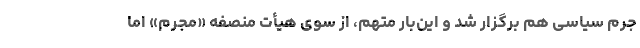
جرم سیاسی هم برگزار شد و این‌بار متهم، از سوی هیأت منصفه «مجرم» اما